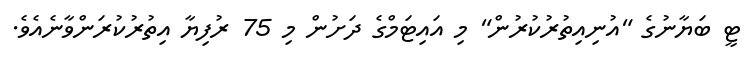
ޓީ ބަޔާނުގެ "އުނިއިތުރުކުރުން" މި އައިޓަމްގެ ދަށުން މި 75 ރުފިޔާ އިތުރުކުރަންވާނެއެވެ.